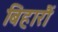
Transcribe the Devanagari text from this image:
बिहारौं